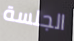
الجلسة